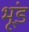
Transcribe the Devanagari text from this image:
भूंड